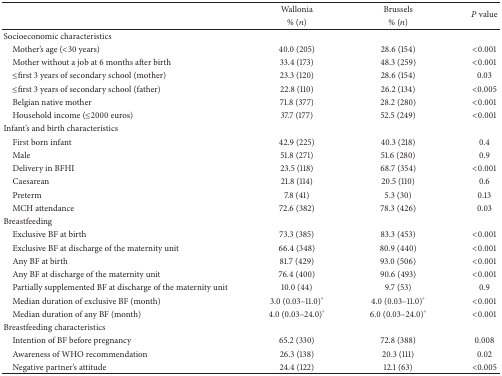
<table><thead><tr><td><b> </b></td><td><b>Wallonia </b></td><td><b>Brussels </b></td><td rowspan="2"><b><i>P</i> value</b></td></tr><tr><td><b> </b></td><td><b>% (<i>n</i>)</b></td><td><b>% (<i>n</i>)</b></td></tr></thead><tbody><tr><td>Socioeconomic characteristics</td><td> </td><td> </td><td> </td></tr><tr><td> Mother&#x27;s age (&lt;30 years)</td><td>40.0 (205)</td><td>28.6 (154)</td><td>&lt;0.001</td></tr><tr><td> Mother without a job at 6 months after birth</td><td>33.4 (173)</td><td>48.3 (259)</td><td>&lt;0.001</td></tr><tr><td> ≤first 3 years of secondary school (mother)</td><td>23.3 (120)</td><td>28.6 (154)</td><td>0.03</td></tr><tr><td> ≤first 3 years of secondary school (father)</td><td>22.8 (110)</td><td>26.2 (134)</td><td>&lt;0.005</td></tr><tr><td> Belgian native mother</td><td>71.8 (377)</td><td>28.2 (280)</td><td>&lt;0.001</td></tr><tr><td> Household income (≤2000 euros)</td><td>37.7 (177)</td><td>52.5 (249)</td><td>&lt;0.001</td></tr><tr><td>Infant&#x27;s and birth characteristics</td><td> </td><td> </td><td> </td></tr><tr><td> First born infant</td><td>42.9 (225)</td><td>40.3 (218)</td><td>0.4</td></tr><tr><td> Male</td><td>51.8 (271)</td><td>51.6 (280)</td><td>0.9</td></tr><tr><td> Delivery in BFHI</td><td>23.5 (118)</td><td>68.7 (354)</td><td>&lt;0.001</td></tr><tr><td> Caesarean</td><td>21.8 (114)</td><td>20.5 (110)</td><td>0.6</td></tr><tr><td> Preterm </td><td>7.8 (41)</td><td>5.3 (30)</td><td>0.13</td></tr><tr><td> MCH attendance </td><td>72.6 (382)</td><td>78.3 (426)</td><td>0.03</td></tr><tr><td>Breastfeeding</td><td> </td><td> </td><td> </td></tr><tr><td> Exclusive BF at birth</td><td>73.3 (385)</td><td>83.3 (453)</td><td>&lt;0.001</td></tr><tr><td> Exclusive BF at discharge of the maternity unit</td><td>66.4 (348)</td><td>80.9 (440)</td><td>&lt;0.001</td></tr><tr><td> Any BF at birth </td><td>81.7 (429)</td><td>93.0 (506)</td><td>&lt;0.001</td></tr><tr><td> Any BF at discharge of the maternity unit</td><td>76.4 (400)</td><td>90.6 (493)</td><td>&lt;0.001</td></tr><tr><td> Partially supplemented BF at discharge of the maternity unit</td><td>10.0 (44)</td><td>9.7 (53)</td><td>0.9</td></tr><tr><td> Median duration of exclusive BF (month)</td><td>3.0 (0.03–11.0)°</td><td>4.0 (0.03–11.0)°</td><td>&lt;0.001</td></tr><tr><td> Median duration of any BF (month)</td><td>4.0 (0.03–24.0)°</td><td>6.0 (0.03–24.0)°</td><td>&lt;0.001</td></tr><tr><td>Breastfeeding characteristics</td><td> </td><td> </td><td> </td></tr><tr><td> Intention of BF before pregnancy</td><td>65.2 (330)</td><td>72.8 (388)</td><td>0.008</td></tr><tr><td> Awareness of WHO recommendation </td><td>26.3 (138)</td><td>20.3 (111)</td><td>0.02</td></tr><tr><td> Negative partner&#x27;s attitude</td><td>24.4 (122)</td><td>12.1 (63)</td><td>&lt;0.005</td></tr></tbody></table>